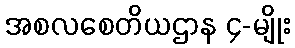
အစလစေတိယဌာန ၄-မျိုး